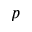
{ p }